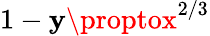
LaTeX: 1-\mathbf{y}\proptox^{2/3}